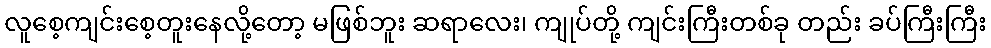
လူစေ့ကျင်းစေ့တူးနေလို့တော့ မဖြစ်ဘူး ဆရာလေး၊ ကျုပ်တို့ ကျင်းကြီးတစ်ခု တည်း ခပ်ကြီးကြီး